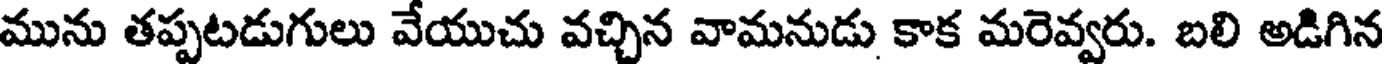
మును తప్పటడుగులు వేయుచు వచ్చిన వామనుడు కాక మరెవ్వరు. బలి అడిగిన